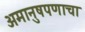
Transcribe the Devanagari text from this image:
अमानुषपणाचा